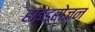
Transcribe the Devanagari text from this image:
हाइड्रोज़न